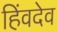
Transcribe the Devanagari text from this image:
हिंवदेव